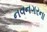
નવનગરના